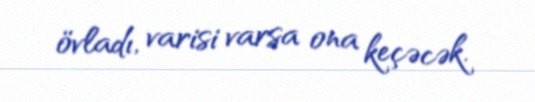
övladı, varisi varsa ona keçəcək.